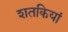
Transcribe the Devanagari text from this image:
शतकियां